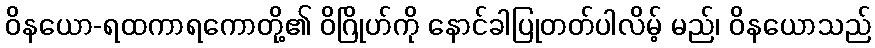
ဝိနယော-ရထကာရကောတို့၏ ဝိဂြိုဟ်ကို နောင်ခါပြုတတ်ပါလိမ့် မည်၊ ဝိနယောသည်